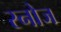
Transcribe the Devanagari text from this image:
स्नोज